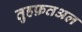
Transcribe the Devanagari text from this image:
तुहफ़तअल